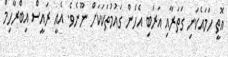
އޮތީ ހަމައެކަނި ގަތަރާއި އަރަބި އެހެން ގައުމުތަކަކަށް ނޫނެވެ. އެއީ ރައީސް އިބްރާހިމް